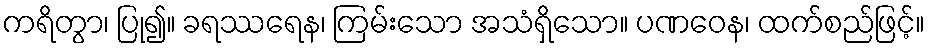
ကရိတွာ၊ ပြု၍။ ခရဿရေန၊ ကြမ်းသော အသံရှိသော။ ပဏဝေန၊ ထက်စည်ဖြင့်။